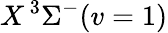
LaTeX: X\, {}^{3}\Sigma^{-}(v=1)